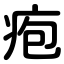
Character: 疱